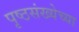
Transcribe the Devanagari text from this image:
पृष्ठसंख्येच्या